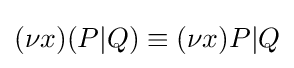
(\nu x)(P|Q)\equiv (\nu x)P|Q